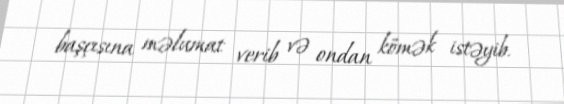
başçısına məlumat verib və ondan kömək istəyib.